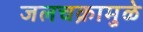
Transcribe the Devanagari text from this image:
जलचक्रामुळे